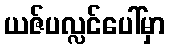
ယဇ်ပလ္လင်ပေါ်မှာ